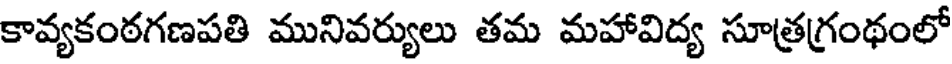
కావ్యకంఠగణపతి మునివర్యులు తమ మహావిద్య సూత్రగ్రంథంలో